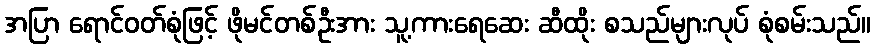
အပြာ ရောင်ဝတ်စုံဖြင့် ဖိုမင်တစ်ဦးအား သူ့ကားရေဆေး ဆီထိုး စသည်များလုပ် စုံစမ်းသည်။